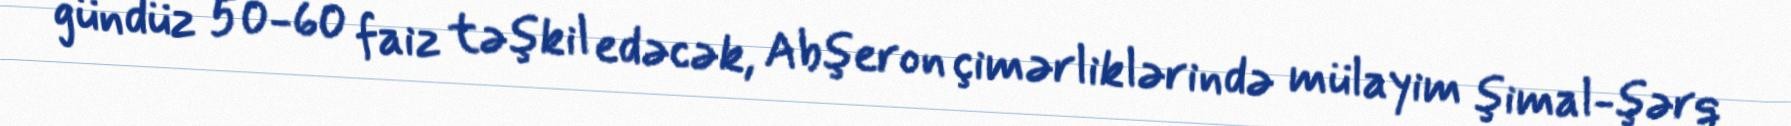
gündüz 50-60 faiz təşkil edəcək, Abşeron çimərliklərində mülayim şimal-şərq